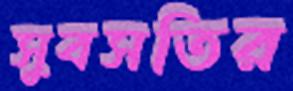
সুবসতির